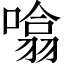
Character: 噏